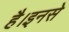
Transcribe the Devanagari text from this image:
है।इनसे